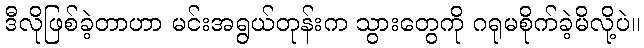
ဒီလိုဖြစ်ခဲ့တာဟာ မင်းအရွယ်တုန်းက သွားတွေကို ဂရုမစိုက်ခဲ့မိလို့ပဲ။